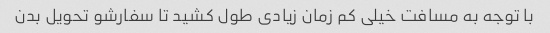
با توجه به مسافت خیلی کم زمان زیادی طول کشید تا سفارشو تحویل بدن